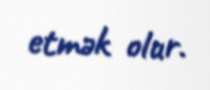
etmək olur.